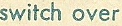
switch over